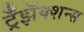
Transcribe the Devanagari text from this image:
ट्रँझॅक्शन्स